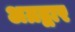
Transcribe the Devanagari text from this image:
अग्रद्वार